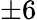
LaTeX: \pm 6